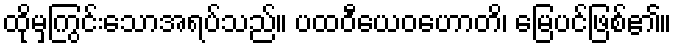
ထိုမှကြွင်းသောအရပ်သည်။ ပထဝီယေဝဟောတိ၊ မြေပင်ဖြစ်၏။